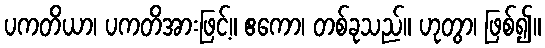
ပကတိယာ၊ ပကတိအားဖြင့်။ ဧကော၊ တစ်ခုသည်။ ဟုတွာ၊ ဖြစ်၍။